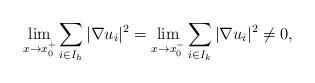
LaTeX: \begin{align*}\lim_{x\to x_0^+} \sum_{i\in I_h} |\nabla u_i|^2=\lim_{x\to x_0^-} \sum_{i\in I_k} |\nabla u_i|^2\neq 0,\end{align*}